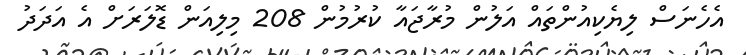
އެހެނަސް ލިޔެކިއުންތައް އަލުން މުރާޖައާ ކުރުމުން 208 މިލިއަން ޑޮލަރަށް އެ އަދަދު